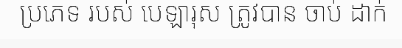
ប្រភេទ របស់ បេឡារុស ត្រូវបាន ចាប់ ដាក់